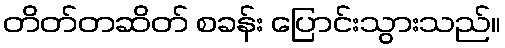
တိတ်တဆိတ် စခန်း ပြောင်းသွားသည်။